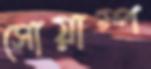
সোয়াম্প